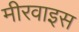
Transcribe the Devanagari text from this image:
मीरवाइस